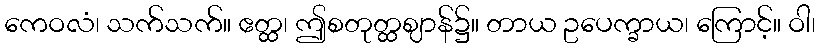
ကေဝလံ၊ သက်သက်။ ဧတ္ထ၊ ဤစတုတ္ထဈာန်၌။ တာယ ဥပေက္ခာယ၊ ကြောင့်။ ဝါ၊